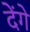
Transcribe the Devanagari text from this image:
देेंगे